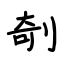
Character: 剞